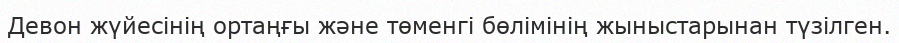
Девон жүйесінің ортаңғы және төменгі бөлімінің жыныстарынан түзілген.